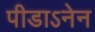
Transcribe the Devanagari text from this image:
पीडाऽनेन